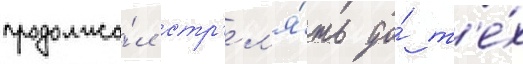
продолжа́л стр'ел'я́ть до́ т'е́х